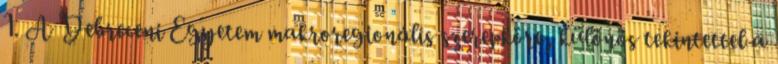
1. A Debreceni Egyetem makroregionális szerepköre, különös tekintettel a